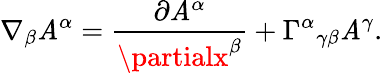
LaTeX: \nabla_{\beta}\mathit{A}^{\alpha}={\frac{{\partial\mathit{A}^{\alpha}}}{{\partialx^{\beta}}}}+\Gamma^{\alpha}{}_{\gamma\beta}\mathit{A}^{\gamma}.